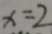
x = 2